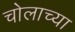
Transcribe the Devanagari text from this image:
चोलाच्या